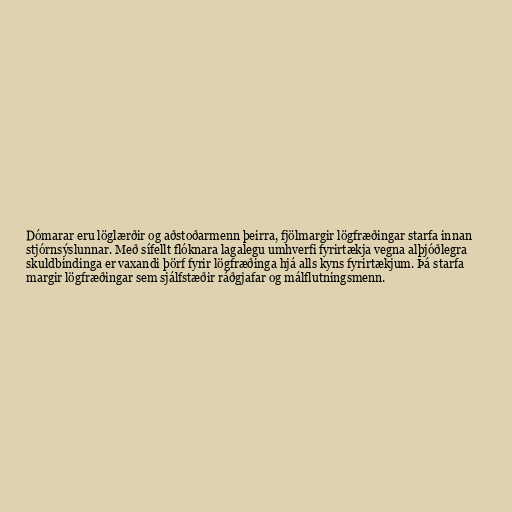
Dómarar eru löglærðir og aðstoðarmenn þeirra, fjölmargir lögfræðingar starfa innan
stjórnsýslunnar. Með sífellt flóknara lagalegu umhverfi fyrirtækja vegna alþjóðlegra
skuldbindinga er vaxandi þörf fyrir lögfræðinga hjá alls kyns fyrirtækjum. Þá starfa
margir lögfræðingar sem sjálfstæðir ráðgjafar og málflutningsmenn.